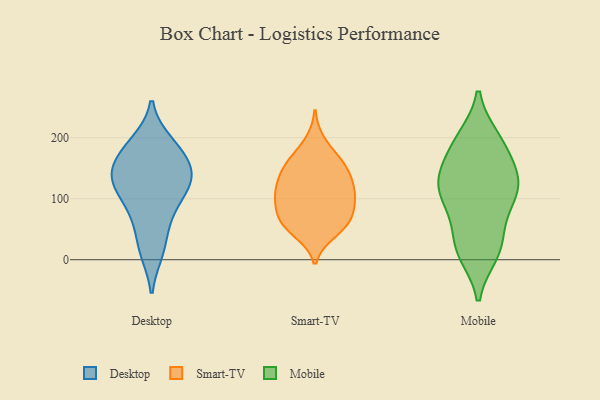
{"axis": {"x": "Headcount", "y": "Value"}, "legend": ["Desktop", "Mobile", "Smart-TV"], "data": [{"x": "", "y": 192, "type": "Desktop"}, {"x": "", "y": 77, "type": "Desktop"}, {"x": "", "y": 82, "type": "Desktop"}, {"x": "", "y": 149, "type": "Desktop"}, {"x": "", "y": 110, "type": "Desktop"}, {"x": "", "y": 15, "type": "Desktop"}, {"x": "", "y": 127, "type": "Desktop"}, {"x": "", "y": 180, "type": "Desktop"}, {"x": "", "y": 193, "type": "Desktop"}, {"x": "", "y": 168, "type": "Desktop"}, {"x": "", "y": 132, "type": "Desktop"}, {"x": "", "y": 13, "type": "Desktop"}, {"x": "", "y": 127, "type": "Desktop"}, {"x": "", "y": 145, "type": "Desktop"}, {"x": "", "y": 116, "type": "Desktop"}, {"x": "", "y": 52, "type": "Desktop"}, {"x": "", "y": 153, "type": "Desktop"}, {"x": "", "y": 70, "type": "Smart-TV"}, {"x": "", "y": 134, "type": "Smart-TV"}, {"x": "", "y": 128, "type": "Smart-TV"}, {"x": "", "y": 50, "type": "Smart-TV"}, {"x": "", "y": 113, "type": "Smart-TV"}, {"x": "", "y": 79, "type": "Smart-TV"}, {"x": "", "y": 116, "type": "Smart-TV"}, {"x": "", "y": 97, "type": "Smart-TV"}, {"x": "", "y": 164, "type": "Smart-TV"}, {"x": "", "y": 80, "type": "Smart-TV"}, {"x": "", "y": 152, "type": "Smart-TV"}, {"x": "", "y": 45, "type": "Smart-TV"}, {"x": "", "y": 155, "type": "Smart-TV"}, {"x": "", "y": 194, "type": "Smart-TV"}, {"x": "", "y": 109, "type": "Smart-TV"}, {"x": "", "y": 58, "type": "Smart-TV"}, {"x": "", "y": 159, "type": "Smart-TV"}, {"x": "", "y": 102, "type": "Smart-TV"}, {"x": "", "y": 57, "type": "Smart-TV"}, {"x": "", "y": 29, "type": "Mobile"}, {"x": "", "y": 193, "type": "Mobile"}, {"x": "", "y": 80, "type": "Mobile"}, {"x": "", "y": 70, "type": "Mobile"}, {"x": "", "y": 121, "type": "Mobile"}, {"x": "", "y": 130, "type": "Mobile"}, {"x": "", "y": 18, "type": "Mobile"}, {"x": "", "y": 15, "type": "Mobile"}, {"x": "", "y": 159, "type": "Mobile"}, {"x": "", "y": 125, "type": "Mobile"}, {"x": "", "y": 103, "type": "Mobile"}, {"x": "", "y": 122, "type": "Mobile"}, {"x": "", "y": 199, "type": "Mobile"}, {"x": "", "y": 162, "type": "Mobile"}, {"x": "", "y": 198, "type": "Mobile"}, {"x": "", "y": 10, "type": "Mobile"}, {"x": "", "y": 117, "type": "Mobile"}]}